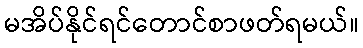
မအိပ်နိုင်ရင်တောင်စာဖတ်ရမယ်။